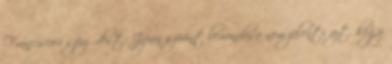
Francisco-i szerződést, Japán szerint lemondása nem jelenti azt, hogy